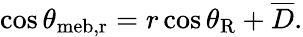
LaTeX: \cos\theta_{\mathrm{{meb,r}}}=r\cos\theta_{\mathrm{{R}}}+\overline{{D}}.